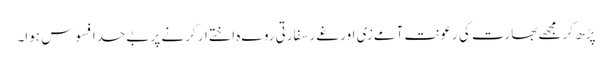
پڑھ کر مجھے بھارت کی رعونت آمےزی اور غےر سفارتی روےہ اختےار کرنے پر بےحد افسوس ہوا۔